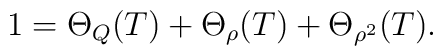
1=\Theta_{Q}(T)+\Theta_{\rho}(T)+\Theta_{\rho^2}(T).